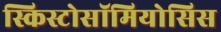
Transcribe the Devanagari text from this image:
स्किस्टोसॉमियोसिस